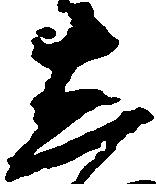
し